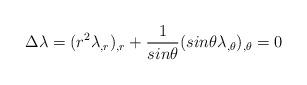
LaTeX: \begin{align*}\Delta\lambda = (r^{2}\lambda_{,r})_{,r} + {1\over sin\theta}(sin\theta \lambda_{,\theta})_{,\theta}=0\end{align*}